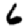
Digit: 6